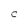
Character: C